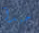
جيدآ